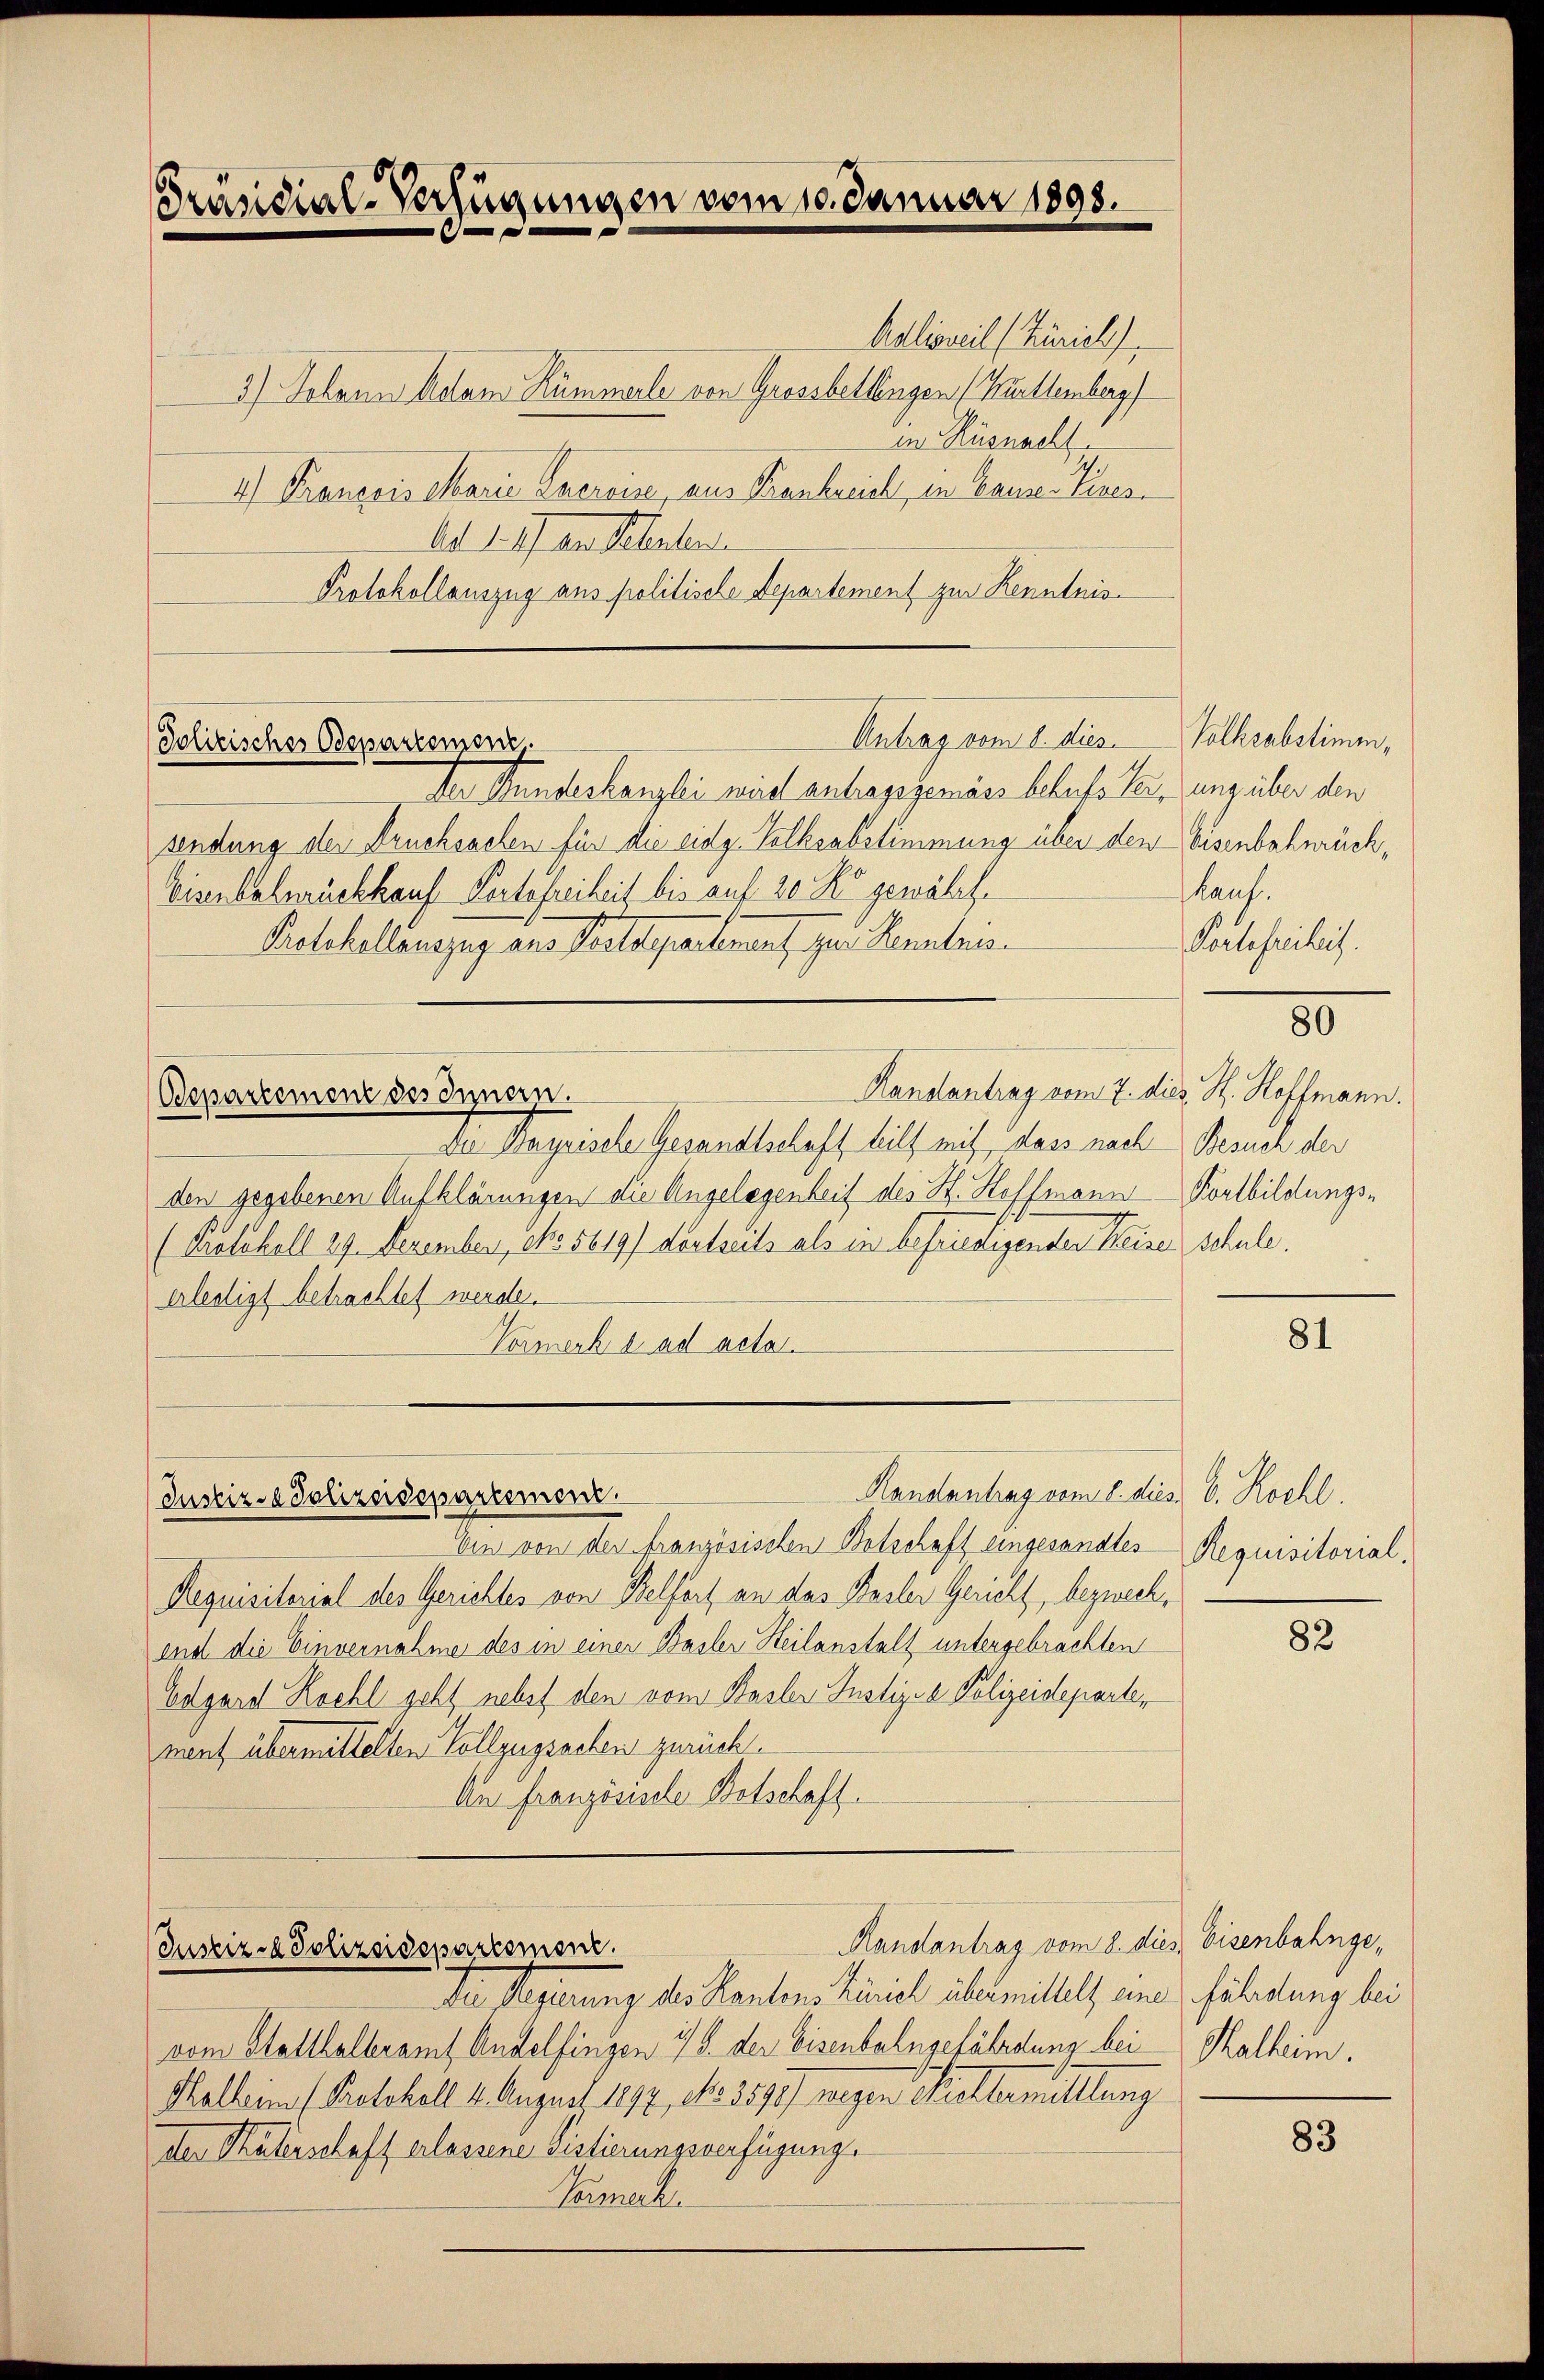
Präsidial-Verfügungen vom 10. Januar 1898.

Adlisweil (Zürich
3.) Johann Adam Rümmerle von Grossbettengen (Kürttemberg
in Küsnacht
4.) François Marie Pacroise aus Frankreich, in Cause-Pizesd. d. M. der Aborten.
Protokollauszug aus politische Departement zur Kenntnis-

Polizisches Odepartemen

Antrag vom 8. dies

Justiz- & Polizeidepartement.

Justiz- & Polizeidepartement.

Der Bundeskanzlei wird antragsgemäss behufs Verung über den
sendung der Bruchsachen für die eidg. Volksabstimmung über den Eisenbahnrück¬
Eisenbahnrückkauf Portofreiheit bis auf 20 Ko gewährt.
Kelchellenszug aus Postapartement zur Kenntnis
Handantrag vom 7. dies H. Hoffmann.
Bepartement des Innern.
Die Bayrische Gesandtschaft teilt mit, dass nach Besuch der
den gegebenen Aufklärungen die Angelegenheit des St. Hoffmann Fortbildungs¬
(Protokoll 29. Dezember, eto 5619) dortseits als in befriedigenden weiser schule.
erlestigt betrachtet werde.
Vormerk d ad acta.

Handantrag vom 8. dies Eisenbahnge¬
Die Regierung des Kantons Zürich übermittelt eine fährdung bei
vom Stollhalberamt Andelfingen 7 S. der Eisenbahngefährdung bei Malheim.
Mallein (Protokoll 4. August 1877, No. 3572) wegen Kollermittlung
der Materschaft erlassene Sistierungsverfügung.
Teumerk

Volksabstimm
Lauf.
Portefreiheit.

Handentrag vom 1. dies 6. Rochl.
Ein von der französischen Botschaft eingesandtes
Requisitorial des Gerichtes von Belfort an das Basler Gericht, bezweckend die Einvernahme des in einer Basler Heilanstalt untergebrachten
Edgard Kochl geht nebst den vom Basler Justiz- & Polizeideparte,
nent übermittelten Vollzugsachen zurück.
An Französische Botschaff

80

81

Requisitorial.

82

83